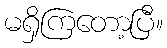
မရှိကြတော့ပြီ။